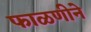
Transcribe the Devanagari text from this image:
फाळणीने